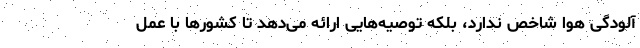
آلودگی هوا شاخص ندارد، بلکه توصیه‌هایی ارائه می‌دهد تا کشورها با عمل